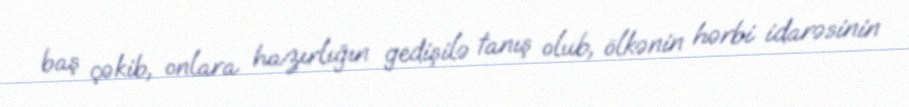
baş çəkib, onlara hazırlığın gedişilə tanış olub, ölkənin hərbi idarəsinin